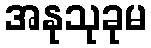
အနုသုခုမ